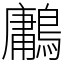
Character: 鷛